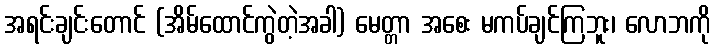
အရင်းချင်းတောင် (အိမ်ထောင်ကွဲတဲ့အခါ) မေတ္တာ အစေး မကပ်ချင်ကြဘူး၊ လောဘကို